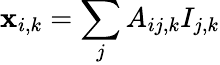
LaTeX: \mathbf{x}_{i,k}=\sum_{j}A_{ij,k}I_{j,k}